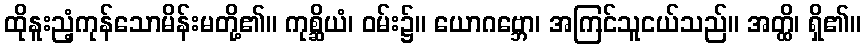
ထိုနူးညံ့ကုန်သောမိန်းမတို့၏။ ကုစ္ဆိယံ၊ ဝမ်း၌။ ယောဂဗ္ဘော၊ အကြင်သူငယ်သည်။ အတ္ထိ၊ ရှိ၏။